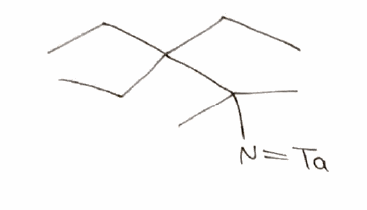
Simplified molecular-input line-entry system (SMILES) notation of the given molecule:
CCC(CC)(CC)C(C)(C)N=[Ta]